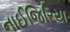
નાઈજિરિયા